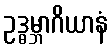
ဥဒ္ဓမ္ဘာဂိယာနံ